Leprosy in India: report of the Leprosy Commission in India, 1890-91
Year: 1890
Disease focus: Leprosy
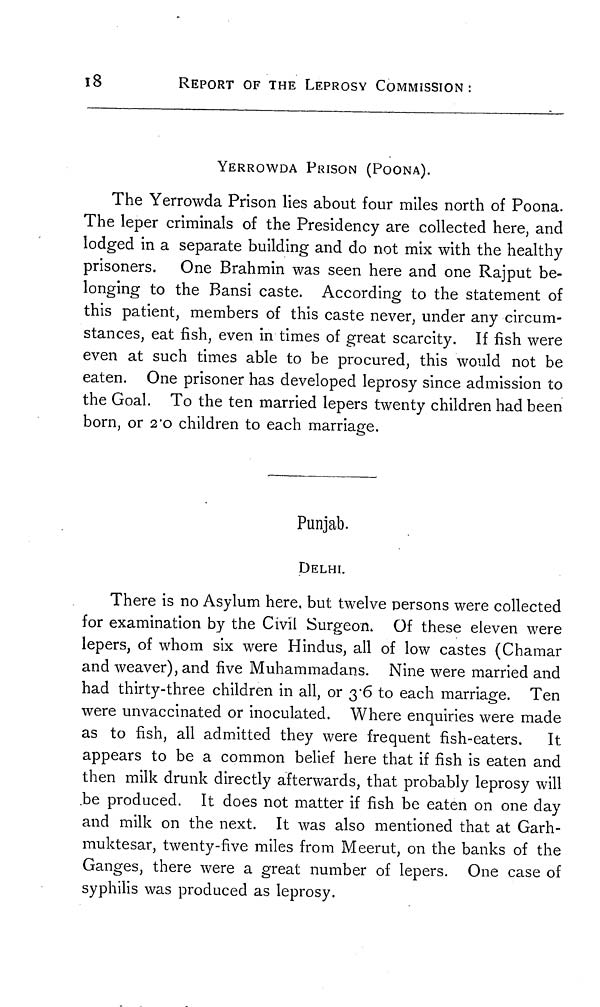
i8
REPORT OF THE LEPROSY COMMISSION:
YERROWDA PRISON (POONA).
The Yerrowda Prison lies about four miles north of Poona.
The leper criminals of the Presidency are collected here, and
lodged in a separate building and do not mix with the healthy
prisoners. One Brahmin was seen here and one Rajput be-
longing to the Bansi caste. According to the statement of
this patient, members of this caste never, under any circum-
stances, eat fish, even in times of great scarcity. If fish were
even at such times able to be procured, this would not be
eaten. One prisoner has developed leprosy since admission to
the Goal. To the ten married lepers twenty children had been
born, or 2"o children to each marriage.
Punjab.
DELHI.
There is no Asylum here, but twelve persons were collected
for examination by the Civil Surgeon. Of these eleven were
lepers, of whom six were Hindus, all of low castes (Chamar
and weaver), and five Muhammadans. Nine were married and
had thirty-three children in all, or 3.6 to each marriage. Ten
were unvaccinated or inoculated. Where enquiries were made
as to fish, all admitted they were frequent fish-eaters. It
appears to be a common belief here that if fish is eaten and
then milk drunk directly afterwards, that probably leprosy will
.be produced. It does not matter if fish be eaten on one day
and milk on the next. It was also mentioned that at Garh-
muktesar, twenty-five miles from Meerut, on the banks of the
Ganges, there were a great number of lepers. One case of
syphilis was produced as leprosy.